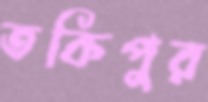
তকিপুর